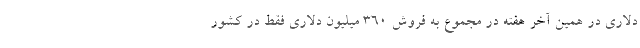
دلاری در همین آخر هفته در مجموع به فروش 360 میلیون دلاری فقط در کشور